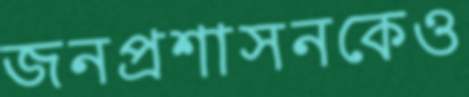
জনপ্রশাসনকেও